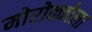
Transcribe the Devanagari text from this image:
मोरोक्कोला